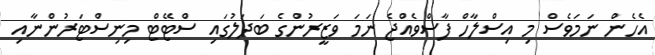
އެހެން ނަމަވެސް މި އިސްލާހް ފާސްވެއްޖެ ނަމަ ވަޒީރުންގެ ބަދަލުގައި ސްޓޭޓް މިނިސްޓަރުންނާއި